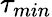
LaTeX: \tau_{min}